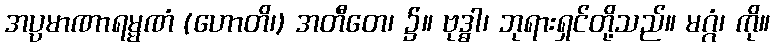
အပ္ပမာဏာရမ္မဏံ (ဟောတိ၊) အတီတေ၊ ၌။ ဗုဒ္ဓါ၊ ဘုရားရှင်တို့သည်။ မဂ္ဂံ၊ ကို။